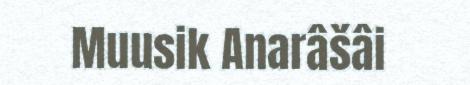
Muusik Anarâšâi